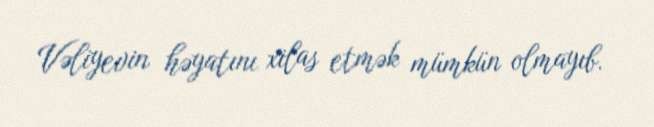
Vəliyevin həyatını xilas etmək mümkün olmayıb.